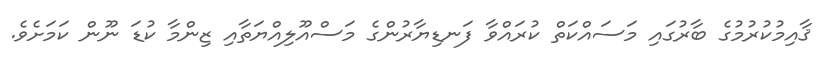
ޤާއިމުކުރުމުގެ ބާރުގައި މަސައްކަތް ކުރައްވާ ފަނޑިޔާރުންގެ މަސްއޫލިއްޔަތާއި ޒިންމާ ކުޑަ ނޫން ކަމަށެވެ.